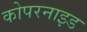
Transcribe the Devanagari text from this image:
कोपरनाइड